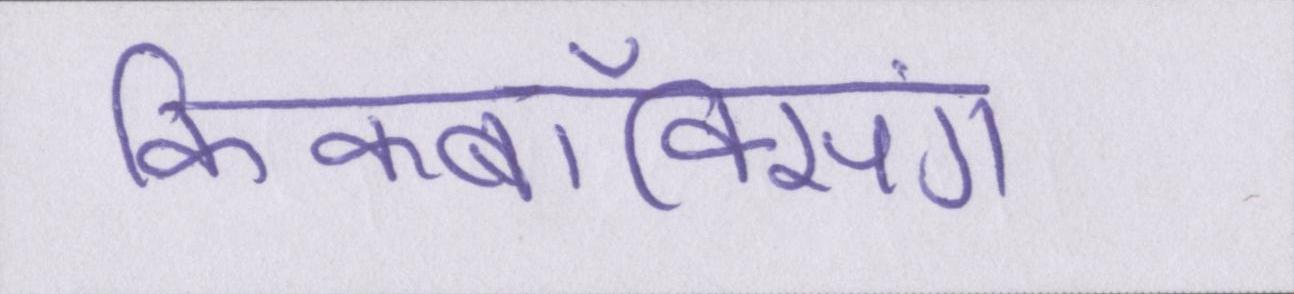
किकबॉक्सिंग